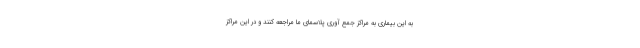
به این بیماری به مراکز جمع آوری پلاسمای ما مراجعه کنند و در این مراکز